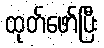
ထုတ်ဖော်ပြီး